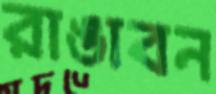
রাঙাবন